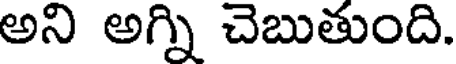
అని అగ్ని చెబుతుంది.